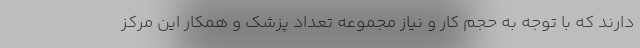
دارند که با توجه به حجم کار و نیاز مجموعه تعداد پزشک و همکار این مرکز